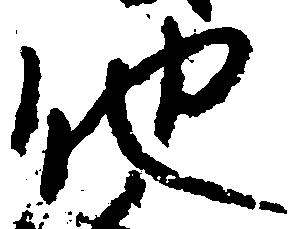
他